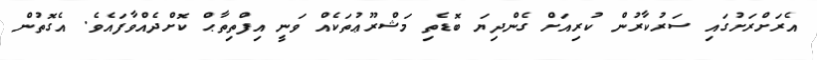
އެރަށްރަށުގައި ސަރުކާރުން ކުރިއަށް ގެންދިޔަ ބޮޑެތި މަޝްރޫޢުތަކެއް ވަނީ އިފްތިތާޙް ކޮށްދެއްވާފައެވެ. އެގޮތުން